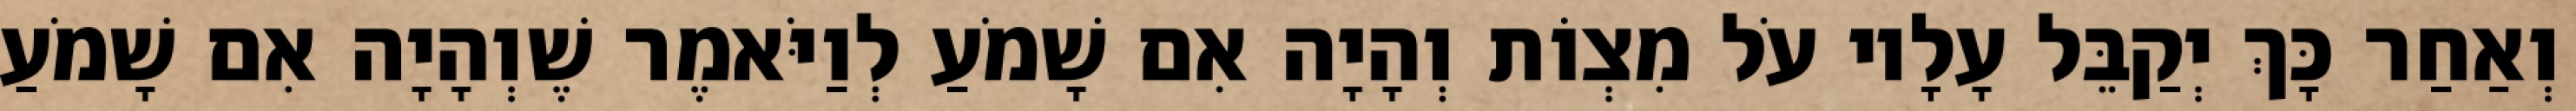
וְאַחַר כָּךְ יְקַבֵּל עָלָיו עֹל מִצְוֹת וְהָיָה אִם שָׁמֹעַ לְוַיֹּאמֶר שֶׁוְהָיָה אִם שָׁמֹעַ